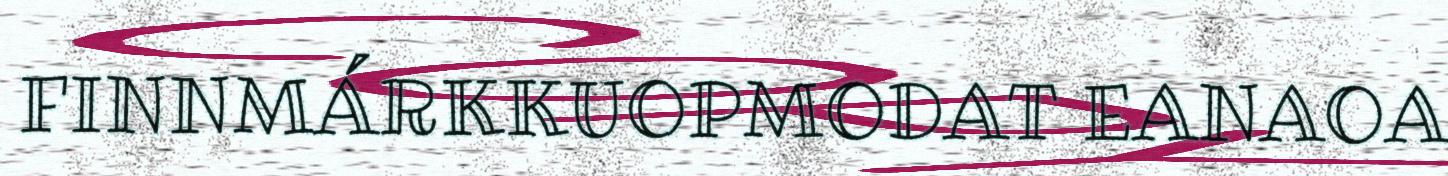
FINNMÁRKKUOPMODAT EANAOA